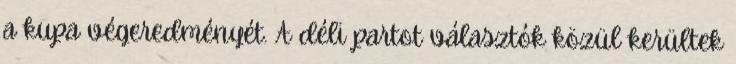
a kupa végeredményét. A déli partot választók közül kerültek